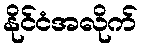
နိုင်ငံအလိုက်